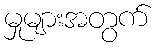
မှုများအတွက်